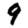
Digit: 9